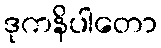
ဒုကနိပါတော